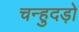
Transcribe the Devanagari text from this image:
चन्हुदड़ो